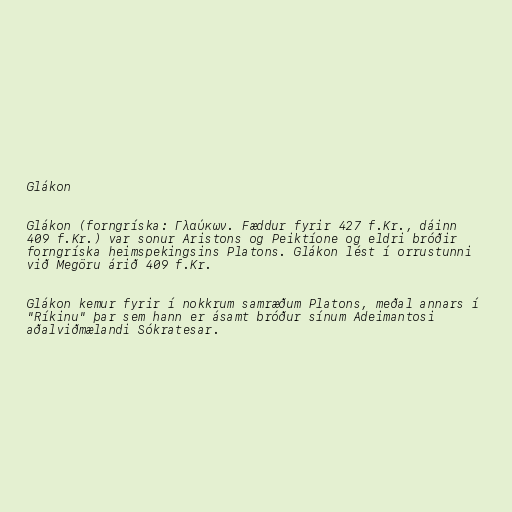
Glákon

Glákon (forngríska: Γλαύκων. Fæddur fyrir 427 f.Kr., dáinn
409 f.Kr.) var sonur Aristons og Peiktíone og eldri bróðir
forngríska heimspekingsins Platons. Glákon lést í orrustunni
við Megöru árið 409 f.Kr.

Glákon kemur fyrir í nokkrum samræðum Platons, meðal annars í
"Ríkinu" þar sem hann er ásamt bróður sínum Adeimantosi
aðalviðmælandi Sókratesar.